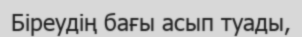
Біреудің бағы асып туады,